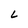
Character: L